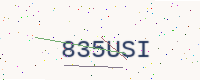
Text: 835USI